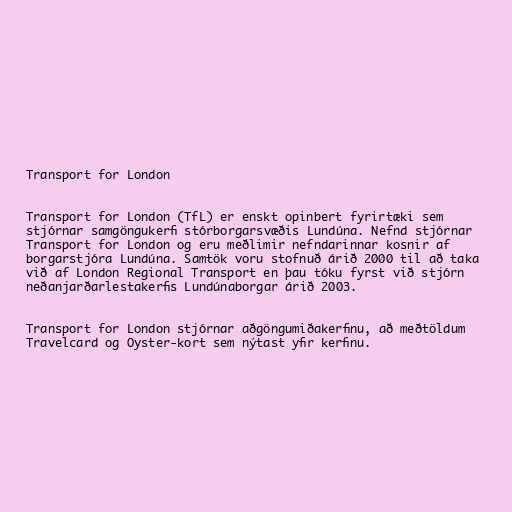
Transport for London

Transport for London (TfL) er enskt opinbert fyrirtæki sem
stjórnar samgöngukerfi stórborgarsvæðis Lundúna. Nefnd stjórnar
Transport for London og eru meðlimir nefndarinnar kosnir af
borgarstjóra Lundúna. Samtök voru stofnuð árið 2000 til að taka
við af London Regional Transport en þau tóku fyrst við stjórn
neðanjarðarlestakerfis Lundúnaborgar árið 2003.

Transport for London stjórnar aðgöngumiðakerfinu, að meðtöldum
Travelcard og Oyster-kort sem nýtast yfir kerfinu.